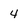
Character: 4